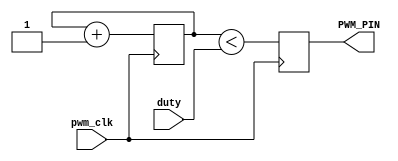
// This program was cloned from: https://github.com/simonmonk/prog_fpgas
// License: MIT License

module pwm(
    input pwm_clk,
    input [7:0] duty,
    output reg PWM_PIN
    );

reg [7:0] count = 0;

always @(posedge pwm_clk)
begin
  count <= count + 1;
  PWM_PIN <= (count < duty);
end

endmodule